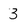
Character: 3